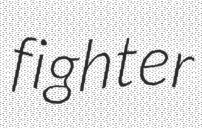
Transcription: fighter